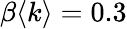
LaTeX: \beta\langle k\rangle=0.3